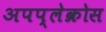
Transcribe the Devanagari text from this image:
अपप्लेक्रोस